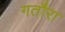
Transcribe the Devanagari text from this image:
गतौरा